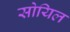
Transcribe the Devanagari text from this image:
सोयिल